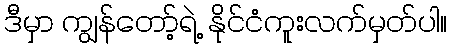
ဒီမှာ ကျွန်တော့်ရဲ့ နိုင်ငံကူးလက်မှတ်ပါ။